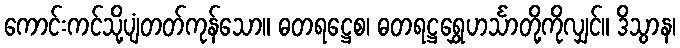
ကောင်းကင်သို့ပျံတတ်ကုန်သော။ ဓတရဋ္ဌေစ၊ ဓတရဋ္ဌရွှေဟင်္သာတို့ကိုလျှင်။ ဒိသွာန၊